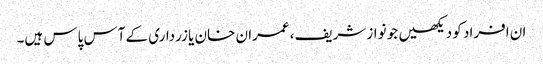
ان افراد کو دیکھیں جو نواز شریف، عمران خان یا زرداری کے آس پاس ہیں۔